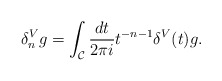
\begin{align*}\delta_n^V g = \int_{\cal C} {dt\over 2\pi i} t^{-n -1} \delta^V (t) g.\end{align*}